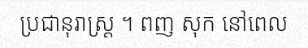
ប្រជានុរាស្ត្រ ។ ពញ សុក នៅពេល